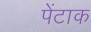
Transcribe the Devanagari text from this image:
पेंटाक